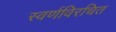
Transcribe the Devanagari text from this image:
स्वर्णविरचित